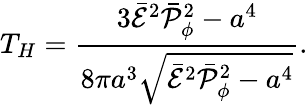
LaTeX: T_{H}={\frac{3\bar{\cal E}^{2}\bar{\cal P}_{\phi}^{2}-a^{4}}{8\pi a^{3}\sqrt{\bar{\cal E}^{2}\bar{\cal P}_{\phi}^{2}-a^{4}}}}.